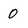
Character: 0